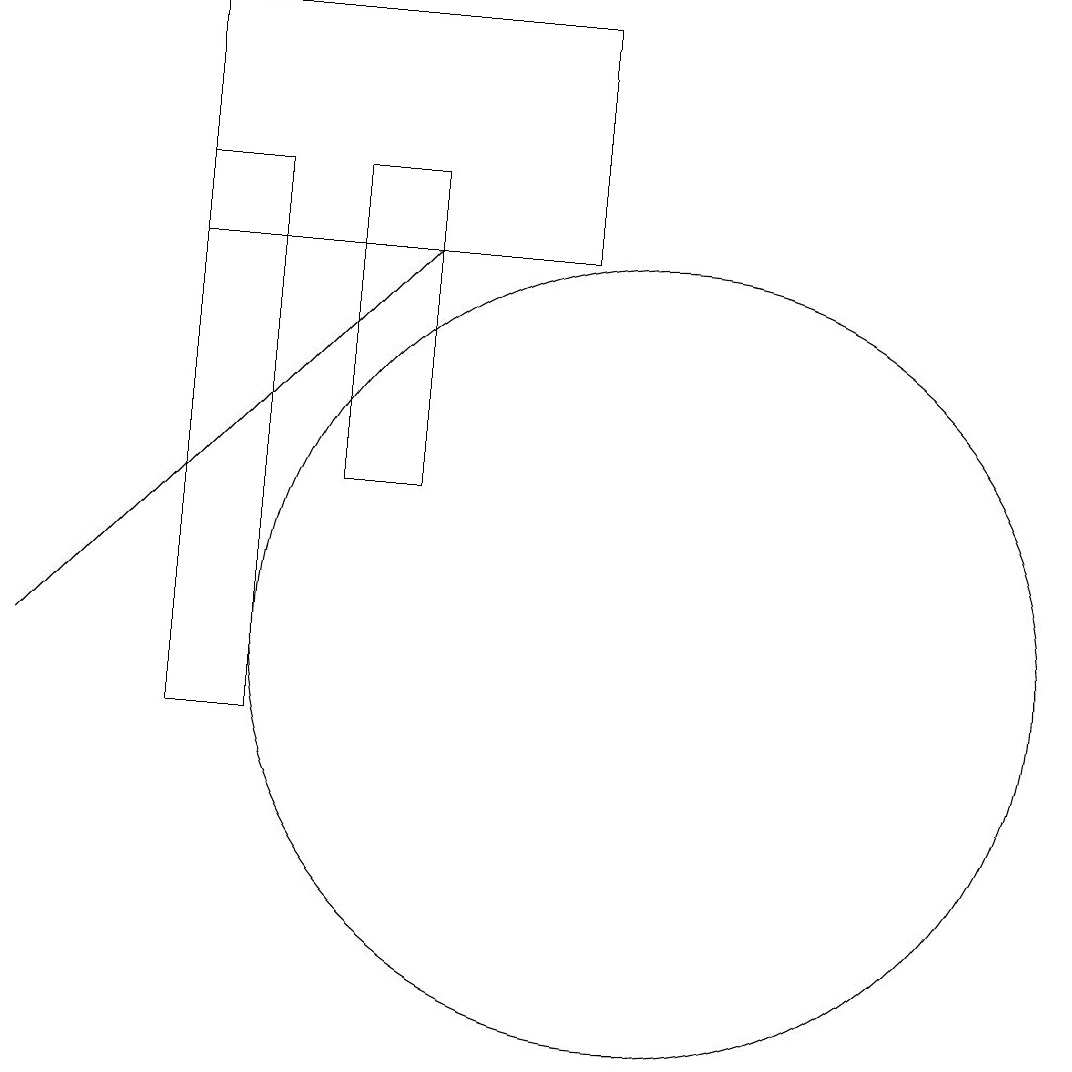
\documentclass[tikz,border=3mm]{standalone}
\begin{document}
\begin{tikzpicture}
\draw (5,17) rectangle (4,10);
\draw (7,13) rectangle (6,17);
\draw (4,16) rectangle (9,19);
\draw (10,11) circle (5);
\draw[->] (2,11) -- (7,16);
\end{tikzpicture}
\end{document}